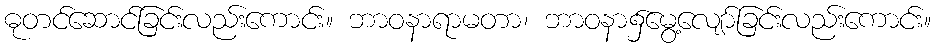
ဓုတင်ဆောင်ခြင်းလည်းကောင်း။ ဘာဝနာရာမတာ၊ ဘာဝနာ၌မွေ့လျော်ခြင်းလည်းကောင်း။